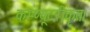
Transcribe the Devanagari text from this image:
कम्प्यूटरीकृत।